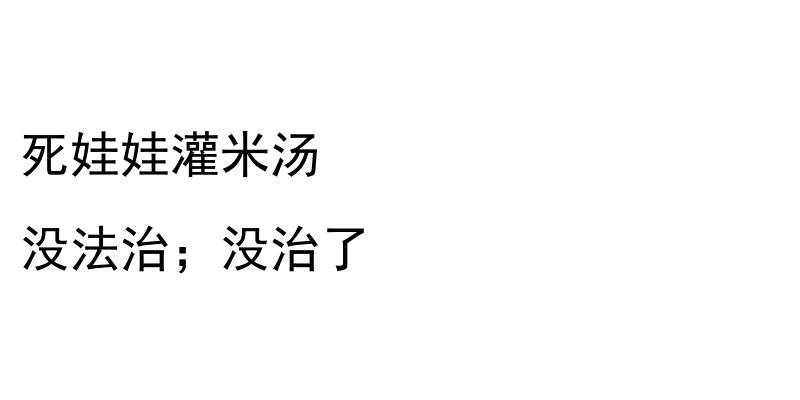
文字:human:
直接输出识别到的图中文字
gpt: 死娃娃灌米汤 没法治；没治了